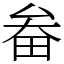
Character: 畚